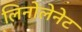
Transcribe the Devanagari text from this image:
लिनोलेनेट